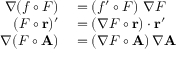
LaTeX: \begin{array} { r l } { \nabla ( f \circ F ) } & { { } = \left( f ^ { \prime } \circ F \right) \, \nabla F } \\ { ( F \circ \mathbf { r } ) ^ { \prime } } & { { } = ( \nabla F \circ \mathbf { r } ) \cdot \mathbf { r } ^ { \prime } } \\ { \nabla ( F \circ \mathbf { A } ) } & { { } = ( \nabla F \circ \mathbf { A } ) \, \nabla \mathbf { A } } \end{array}